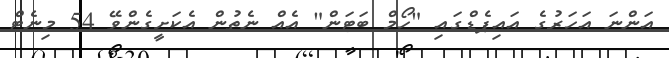
އަންނަ އަހަރުގެ އައިޕެޑްގައި "ހޯމް ބަޓަން" އެއް ނެތުން އެކަށީގެންވޭ 54 މިނެޓް